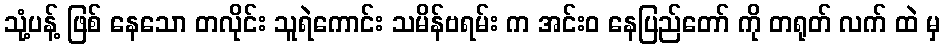
သုံ့ပန့် ဖြစ် နေသော တလိုင်း သူရဲကောင်း သမိန်ဗရမ်း က အင်းဝ နေပြည်တော် ကို တရုတ် လက် ထဲ မှ